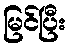
မြင်ပြီး